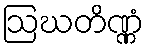
ဩဃတိဏ္ဏံ